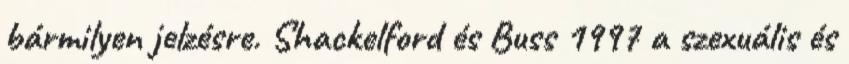
bármilyen jelzésre. Shackelford és Buss 1997 a szexuális és